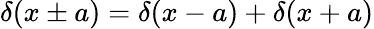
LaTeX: \delta(x\pm a)=\delta(x-a)+\delta(x+a)